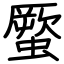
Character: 蟨